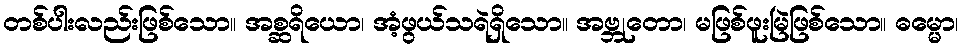
တစ်ပါးလည်းဖြစ်သော။ အစ္ဆရိယော၊ အံ့ဖွယ်သရဲရှိသော။ အဗ္ဘုတော၊ မဖြစ်ဖူးမြဲဖြစ်သော။ ဓမ္မော၊